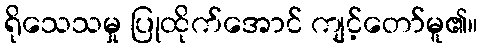
ရိုသေသမှု ပြုထိုက်အောင် ကျင့်တော်မူ၏။